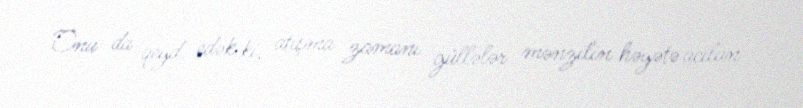
Onu da qeyd edək ki, atışma zamanı güllələr mənzilin həyətə açılan